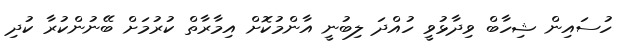
ހުސައިން ޝިހާބް ވިދާޅުވީ ހުއްދަ ލިބުނީ އާންމުކޮށް އިމާރާތް ކުރުމަށް ބޭނުންކުރާ ކުދި